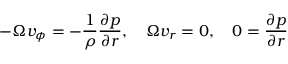
- \Omega v _ { \phi } = - \frac { 1 } { \rho } \frac { \partial p } { \partial r } , \quad \Omega v _ { r } = 0 , \quad 0 = \frac { \partial p } { \partial r }